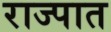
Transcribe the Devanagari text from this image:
राज्पात